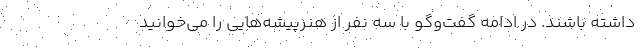
داشته باشند. در ادامه گفت‌وگو با سه نفر از هنرپیشه‌هایی را می‌خوانید